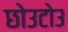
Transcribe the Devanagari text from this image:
छोउटोउ